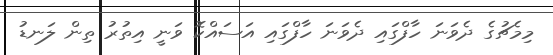
މިމެޗުގެ ދެވަނަ ހާފްގައި ދެވަނަ ހާފްގައި އަސައްކޮ ވަނީ އިތުރު ތިން ލަނޑު